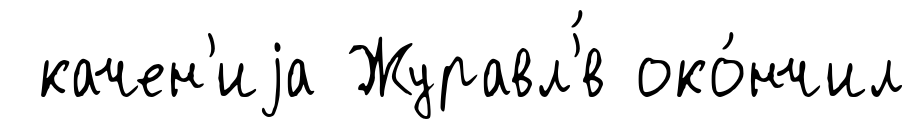
качен'иjа Журавл'́в око́нчил